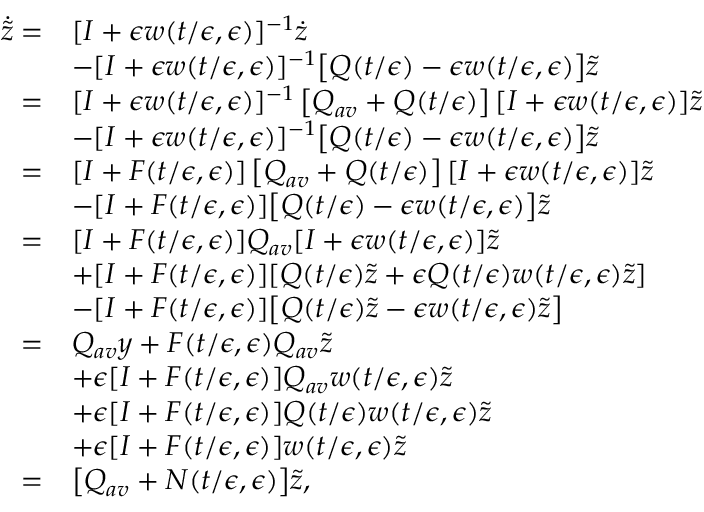
\begin{array} { r l } { \dot { \tilde { z } } = } & { [ I + \epsilon w ( t / \epsilon , \epsilon ) ] ^ { - 1 } \dot { z } } \\ & { - [ I + \epsilon w ( t / \epsilon , \epsilon ) ] ^ { - 1 } \big [ Q ( t / \epsilon ) - \epsilon w ( t / \epsilon , \epsilon ) \big ] \tilde { z } } \\ { = } & { [ I + \epsilon w ( t / \epsilon , \epsilon ) ] ^ { - 1 } \left[ Q _ { a v } + Q ( t / \epsilon ) \right] [ I + \epsilon w ( t / \epsilon , \epsilon ) ] \tilde { z } } \\ & { - [ I + \epsilon w ( t / \epsilon , \epsilon ) ] ^ { - 1 } \big [ Q ( t / \epsilon ) - \epsilon w ( t / \epsilon , \epsilon ) \big ] \tilde { z } } \\ { = } & { [ I + F ( t / \epsilon , \epsilon ) ] \left[ Q _ { a v } + Q ( t / \epsilon ) \right] [ I + \epsilon w ( t / \epsilon , \epsilon ) ] \tilde { z } } \\ & { - [ I + F ( t / \epsilon , \epsilon ) ] \big [ Q ( t / \epsilon ) - \epsilon w ( t / \epsilon , \epsilon ) \big ] \tilde { z } } \\ { = } & { [ I + F ( t / \epsilon , \epsilon ) ] Q _ { a v } [ I + \epsilon w ( t / \epsilon , \epsilon ) ] \tilde { z } } \\ & { + [ I + F ( t / \epsilon , \epsilon ) ] [ Q ( t / \epsilon ) \tilde { z } + \epsilon Q ( t / \epsilon ) w ( t / \epsilon , \epsilon ) \tilde { z } ] } \\ & { - [ I + F ( t / \epsilon , \epsilon ) ] \big [ Q ( t / \epsilon ) \tilde { z } - \epsilon w ( t / \epsilon , \epsilon ) \tilde { z } \big ] } \\ { = } & { Q _ { a v } y + F ( t / \epsilon , \epsilon ) Q _ { a v } \tilde { z } } \\ & { + \epsilon [ I + F ( t / \epsilon , \epsilon ) ] Q _ { a v } w ( t / \epsilon , \epsilon ) \tilde { z } } \\ & { + \epsilon [ I + F ( t / \epsilon , \epsilon ) ] Q ( t / \epsilon ) w ( t / \epsilon , \epsilon ) \tilde { z } } \\ & { + \epsilon [ I + F ( t / \epsilon , \epsilon ) ] w ( t / \epsilon , \epsilon ) \tilde { z } } \\ { = } & { \big [ Q _ { a v } + N ( t / \epsilon , \epsilon ) \big ] \tilde { z } , } \end{array}